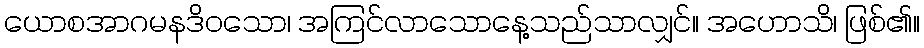
ယောစအာဂမနဒိဝသော၊ အကြင်လာသောနေ့သည်သာလျှင်။ အဟောသိ၊ ဖြစ်၏။